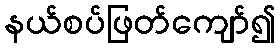
နယ်စပ်ဖြတ်ကျော်၍